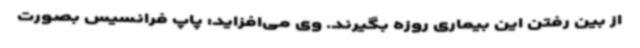
از بین رفتن این بیماری روزه بگیرند. وی می‌افزاید: پاپ فرانسیس بصورت